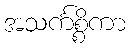
အသင်္ကစ္စိကာ